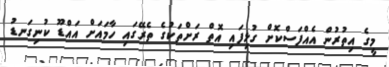
މީގެ އިތުރުން އެއްފަސްކޮށް ގުޅިފައި އޮތް ރަށްތަކުގެ ތެރޭގައި ހާމައަށް އައްޑޫ ކުނިގަނޑު